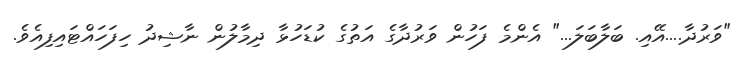
"ވަރުދާ....އޭއި. ބަލާބަލަ..." އެންމެ ފަހުން ވަރުދާގެ އަތުގެ ކުޑަހުޅާ ދިމާލުން ނާޝިދު ހިފަހައްޓައިފިއެވެ.